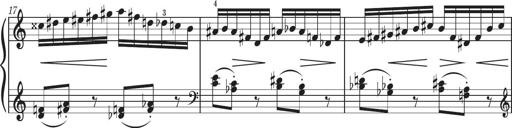
Title: Sonatine in 3 SÃ¤tzen
Composer: Gertrud Schweizer